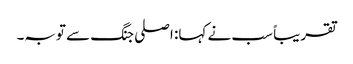
تقریباً سب نے کہا: اصلی جنگ سے توبہ۔